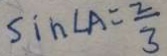
\sin \angle A = \frac { 2 } { 3 }